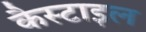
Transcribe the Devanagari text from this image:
कैस्टाइल